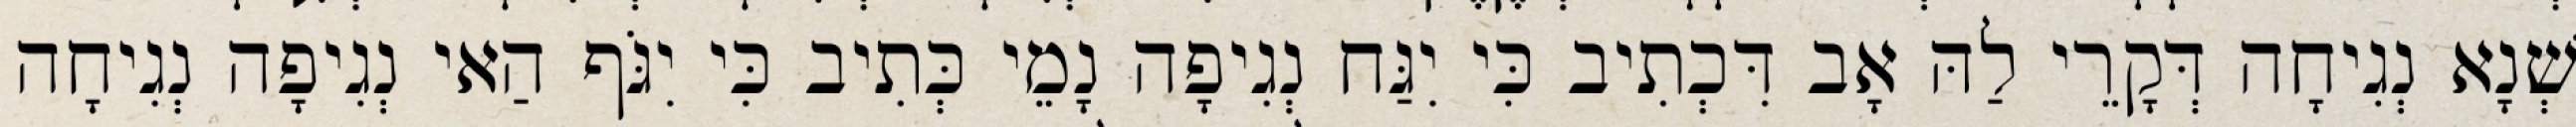
שְׁנָא נְגִיחָה דְּקָרֵי לַהּ אָב דִּכְתִיב כִּי יִגַּח נְגִיפָה נָמֵי כְּתִיב כִּי יִגֹּף הַאי נְגִיפָה נְגִיחָה